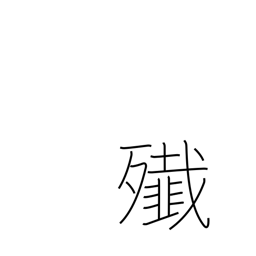
Meaning: massacre